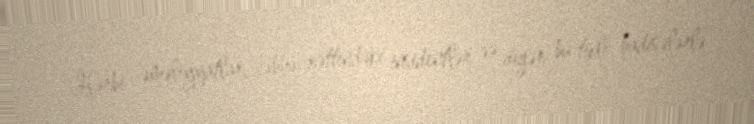
Hərbi əməliyyatlar, cəbhə xəttindəki insidentlər və digər bu tipli hadisələrlə